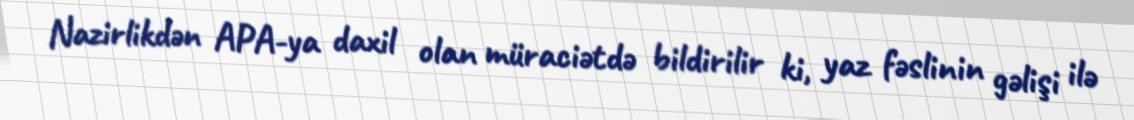
Nazirlikdən APA-ya daxil olan müraciətdə bildirilir ki, yaz fəslinin gəlişi ilə